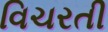
વિચરતી